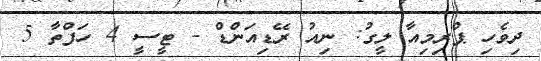
ދިވެހި ޕްރިމިއާ ލީގު: ނިއު ރޭޑިއަންޑް - ޓީސީ 4 ހަފްތާ 5